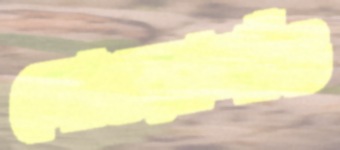
নোওয়াগাঁও